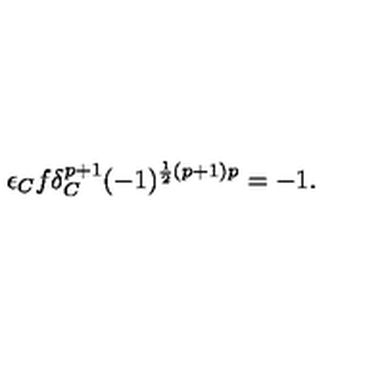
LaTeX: \epsilon _ { C } f \delta _ { C } ^ { p + 1 } ( - 1 ) ^ { \frac 1 2 ( p + 1 ) p } = - 1 .